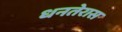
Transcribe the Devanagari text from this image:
धनतेरास